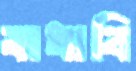
বাধাবি